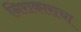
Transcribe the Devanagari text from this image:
निराकाराचा